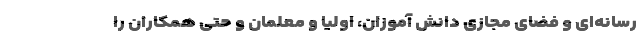
رسانه‌ای و فضای مجازی دانش آموزان، اولیا و معلمان و حتی همکاران را